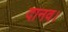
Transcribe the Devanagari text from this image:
दानव।